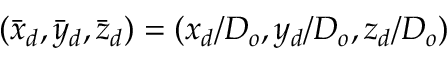
( { \bar { x } _ { d } } , { \bar { y } _ { d } } , { \bar { z } _ { d } } ) = ( x _ { d } / D _ { o } , y _ { d } / D _ { o } , z _ { d } / D _ { o } )